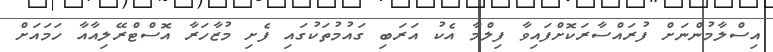
އިސްލާމުންނަށް ފުރައްސާރަކޮށްފައިވާ ފިލްމާ އެކު އަރަބި ގައުމުތަކުގައި ފެށި މުޒާހަރާ އޮސްޓްރޭލިއާއާ ހަމައަށް